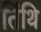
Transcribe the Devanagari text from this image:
तिंथि